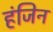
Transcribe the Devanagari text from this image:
हंजिन